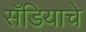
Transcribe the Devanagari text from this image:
सँडियाचे